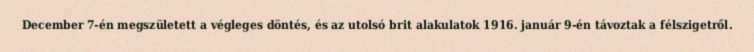
December 7-én megszületett a végleges döntés, és az utolsó brit alakulatok 1916. január 9-én távoztak a félszigetről.